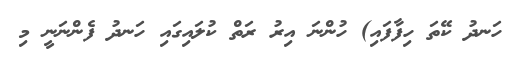
ހަނދު ކޭތަ ހިފާފައި) ހުންނަ އިރު ރަތް ކުލައިގައި ހަނދު ފެންނަނީ މި